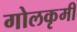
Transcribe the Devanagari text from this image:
गोलकृमी